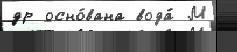
др осно́вана вода́ М